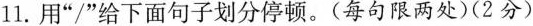
11. 用”/”给下面句子划分停顿。( 每句限两处 )( 2分 )